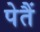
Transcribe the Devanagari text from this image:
पेतैं